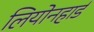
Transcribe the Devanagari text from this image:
लियोनहार्ड